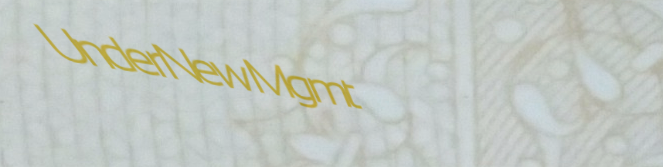
UnderNewMgmt